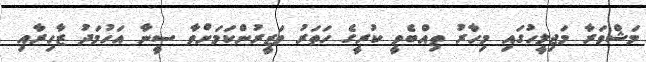
މަޝްވަރާ މަޖިލީހުގައި މިހާރު ތިއްބެވީ ކުރީގެ ހަތަރު ވަޒީރުންކަމަށްވާ ސީނާ އަހުމަދު ޒާހިރާއި